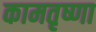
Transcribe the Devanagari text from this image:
कामतृष्णा